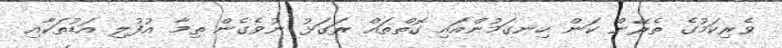
ވެރިކަމުގެ ތެރޭން ކަން ހިނގަމުންއައި ގޮތްތައް ރަގަޅު ނުވެގެން ތިމާ އުފުލި އަޑުތަކާއި